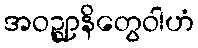
အဝဉ္ဈာနိတွေဝါဟံ